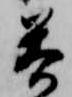
答